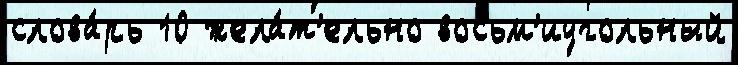
слова́рь 10 жела́т'ельно восьм'иугольный